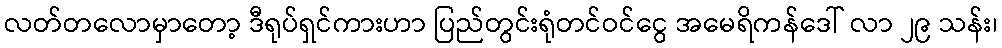
လတ်တလောမှာတော့ ဒီရုပ်ရှင်ကားဟာ ပြည်တွင်းရုံတင်ဝင်ငွေ အမေရိကန်ဒေါ် လာ ၂၉ သန်း၊